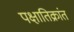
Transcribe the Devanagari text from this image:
पक्षातिक्रांत